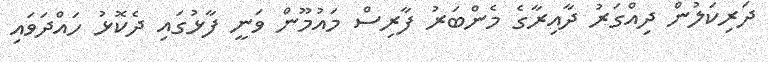
ދަރިކަލުން ދިއްގަރު ދާއިރާގެ މެންބަރު ފާރިސް މައުމޫން ވަނީ ފާޅުގައި ދެކޮޅު ހައްދަވައި